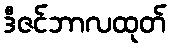
ဒီဇင်ဘာလထုတ်